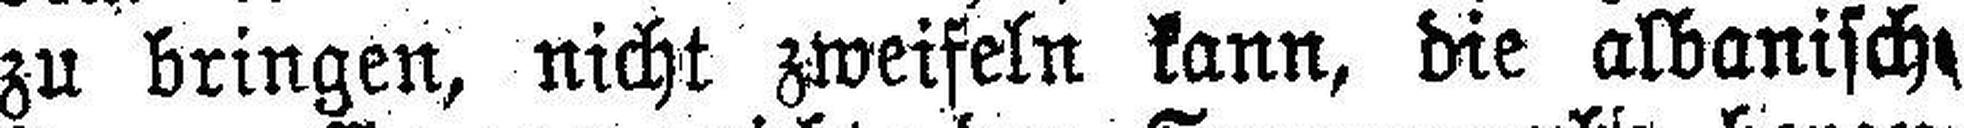
zu bringen, nicht zweifeln kann, die albanisch